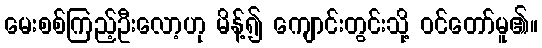
မေးစစ်ကြည့်ဦးလော့ဟု မိန့်၍ ကျောင်းတွင်းသို့ ဝင်တော်မူ၏။